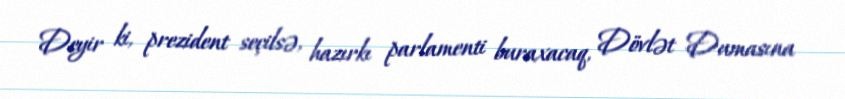
Deyir ki, prezident seçilsə, hazırkı parlamenti buraxacaq, Dövlət Dumasına